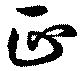
正